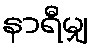
နာရီမျှ